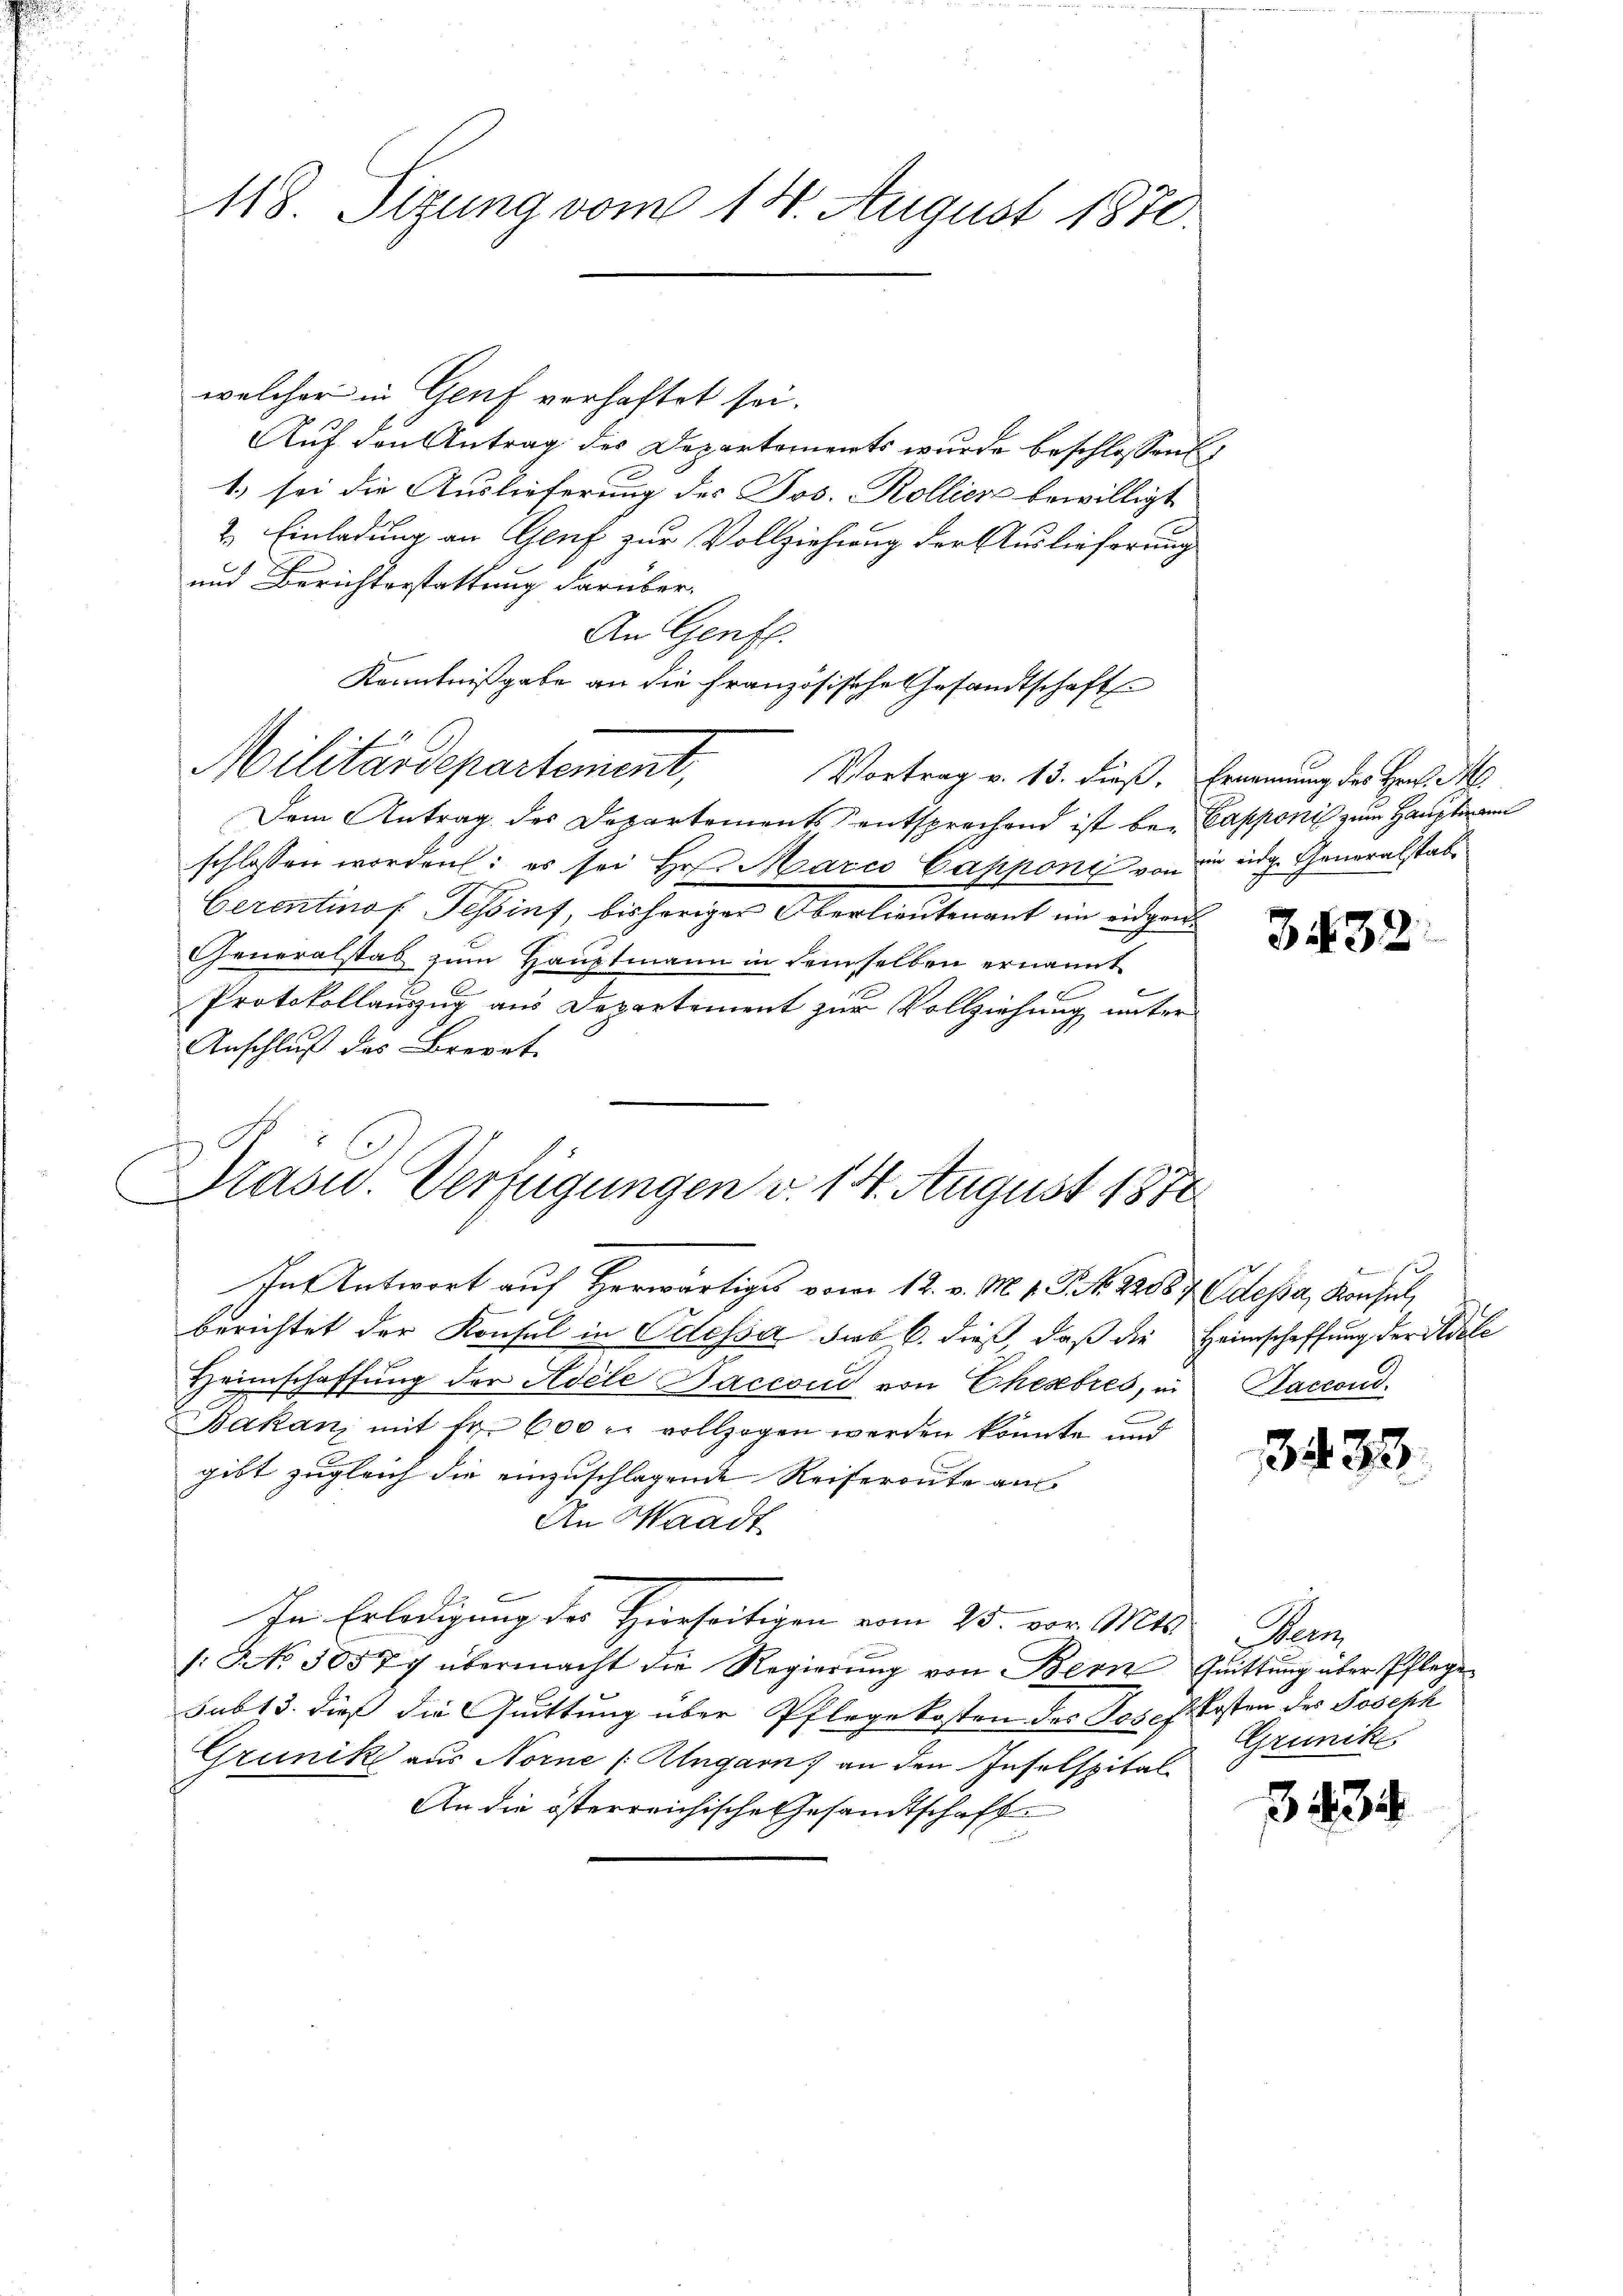
118. Sizung vom 14. August 1870.

welcher in Genf verhaftet sei.
Auf den Antrag des Departements wurde beschlossen
1.) sei die Auslieferung des Jos. Kollier bewilligt
2. Einladung an Gluf zur Vollziehung der Auslieferung
und Berichterstattung darüber.
An Genfl.
Kenntnißgabe an die Französische Gesandtschaft
Vortrag v. 13. dieß. Ernennung des Hrn. Al
Dem Antrag des Departements entsprechend ist be- Capponis zum Hauptmann
schlossen worden: es sei Hr. Marco Cappone von die eidg. Generalstabe
Cerontino Tessins, bisheriger Oberlieutenant im eidgan¬
Generalstab zum Hauptmann in demselben ernannt
Protokollauszug aus Departement zur Vollziehung unter
Anschluß des Brevete
Präsid.. Verfügungen v. 14. August 1880
In Antwort auf Herwärtiges vom 12. v. M. v. P. R. 32887 dessa, Konsul,
berichtet der Konsul in Odessa dies C. dieß, daß die Heimschaffung der Adele
Heimschaffung der Adele Saccoud von Ehebres, in Saccond
Bakan, mit fr. 600 r. vollzogen werden könnte und
gibt zugleich die einzuschlagende Reiferoute aus
An Waadt
In Erledigung des Hierseitigen vom 25. vor. Mts. Beri
/: No 50577 übermacht die Regierŭng von Bern Quittŭng über Pflege
sub 13. dieß die Quittung über Pflegekosten des Josef Kosten des Joseph
Grünik aus Norne Angarn) an den Inselspital¬
An die österreichische Gesandtschaft

Militärdepartement,

3432.

3433.

Grünik

434